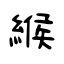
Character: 緱